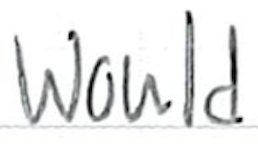
Text: would
Cross-out: clean
Writing tool: ballpoint